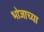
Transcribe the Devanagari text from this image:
भोजाच्या